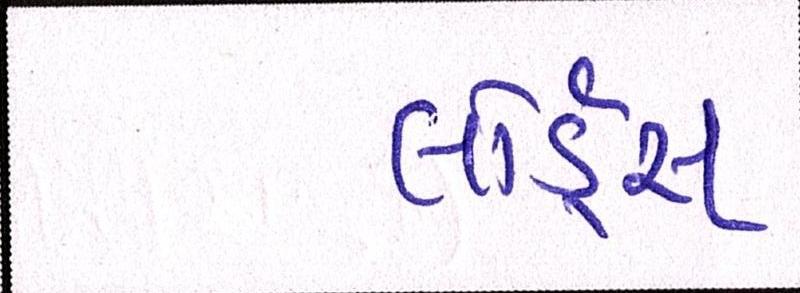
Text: લોર્ડ્સ